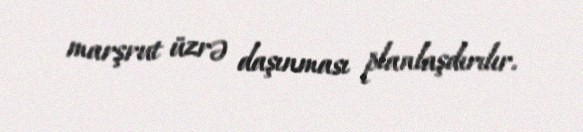
marşrut üzrə daşınması planlaşdırılır.